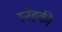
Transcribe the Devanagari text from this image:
स्नेहकी